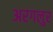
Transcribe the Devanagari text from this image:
अरगलुर